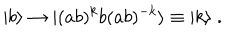
LaTeX: | b \rangle \to | ( a b ) ^ { k } b ( a b ) ^ { - k } \rangle \equiv | k \rangle \; .